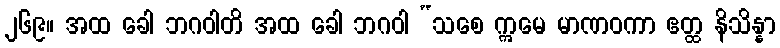
၂၆၉။ အထ ခေါ ဘဂဝါတိ အထ ခေါ ဘဂဝါ “သစေ ဣမေ မာဏဝကာ ဧတ္ထ နိသိန္နာ